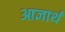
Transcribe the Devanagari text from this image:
आज्ञार्थ